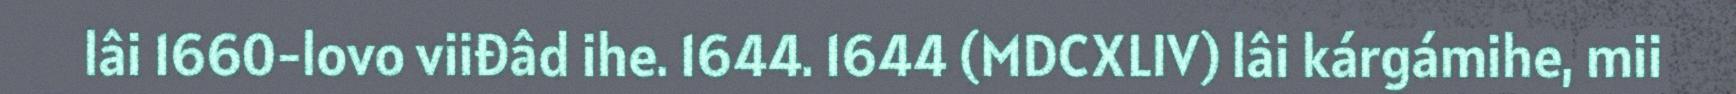
lâi 1660-lovo viiđâd ihe. 1644. 1644 (MDCXLIV) lâi kárgámihe, mii